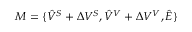
M = { \{ \hat { V } ^ { S } + \Delta V ^ { S } , \hat { V } ^ { V } + \Delta V ^ { V } } , \hat { E } \}